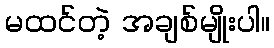
မထင်တဲ့ အချစ်မျိုးပါ။